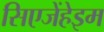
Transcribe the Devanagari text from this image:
सिएजेंहेइम